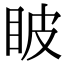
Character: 𥅗